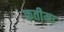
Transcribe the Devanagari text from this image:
कतीमा